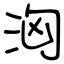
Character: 洶